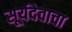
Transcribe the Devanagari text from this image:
सूर्यदेवाचा